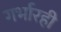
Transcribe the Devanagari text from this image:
गर्भारही